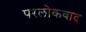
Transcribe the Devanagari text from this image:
परलोकवाद